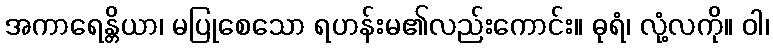
အကာရေန္တိယာ၊ မပြုစေသော ရဟန်းမ၏လည်းကောင်း။ ဓုရံ၊ လုံ့လကို။ ဝါ၊